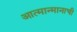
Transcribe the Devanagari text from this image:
आत्मान्मानाची